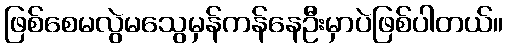
ဖြစ်စေမလွဲမသွေမှန်ကန်နေဦးမှာပဲဖြစ်ပါတယ်။